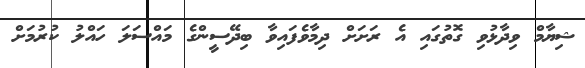
ޝިޔާމް ވިދާޅުވި ގޮތުގައި އެ ރަށަށް ދިމާވެފައިވާ ބިދޭސީންގެ މައްސަލަ ހައްލު ކުރުމަށް